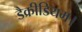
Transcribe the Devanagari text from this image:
डैक्रीडियम।